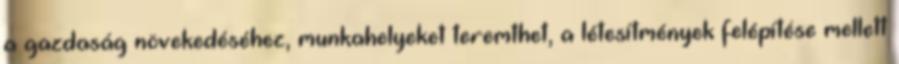
a gazdaság növekedéséhez, munkahelyeket teremthet, a létesítmények felépítése mellett